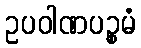
ဥပဝါဏပဉ္စမံ